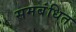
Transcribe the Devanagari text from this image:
समबंधित